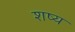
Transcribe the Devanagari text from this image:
शष्य